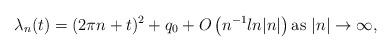
LaTeX: \begin{align*} \lambda_{n}(t)=(2\pi n+t)^{2}+ q_{0}+O\left(n^{-1}ln|n|\right)\textrm{as $|n|\rightarrow \infty$},\end{align*}